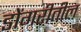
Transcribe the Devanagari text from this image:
डोंगरीतील